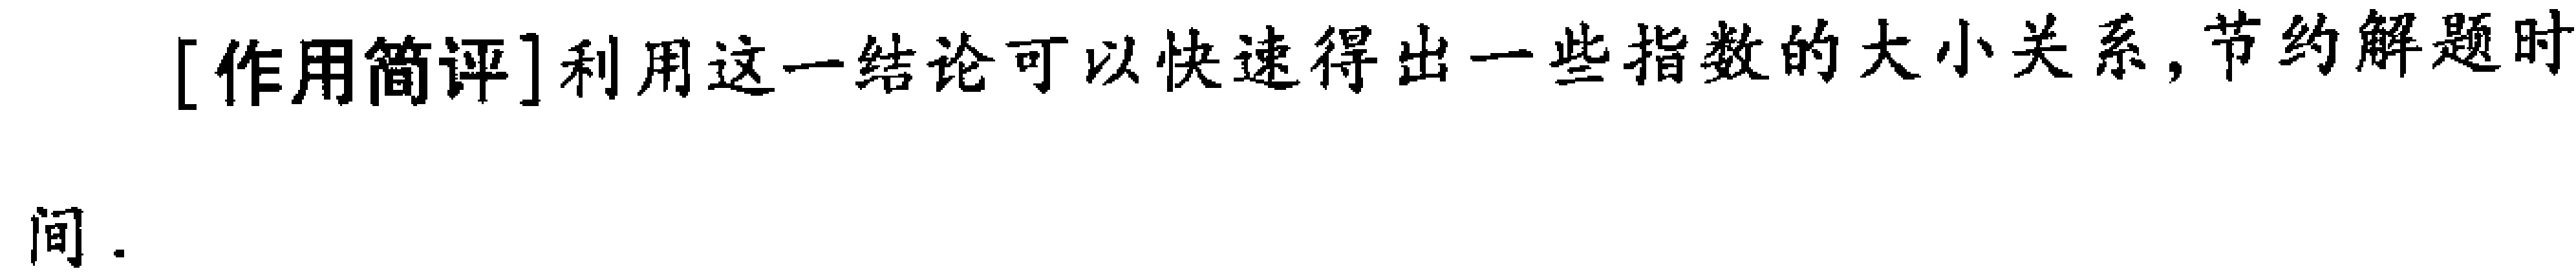
[作用简评]利用这一结论可以快速得出一些指数的大小关系, 节约解题时间.